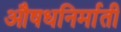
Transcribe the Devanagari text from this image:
औषधनिर्माती